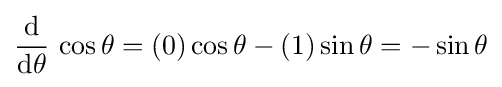
{\frac {\operatorname {d} }{\operatorname {d} \!\theta }}\,\cos \theta =(0)\cos \theta -(1)\sin \theta =-\sin \theta